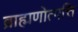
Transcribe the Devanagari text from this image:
ब्राह्मणोत्पत्ति